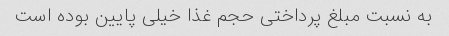
به نسبت مبلغ پرداختی حجم غذا خیلی پایین بوده است